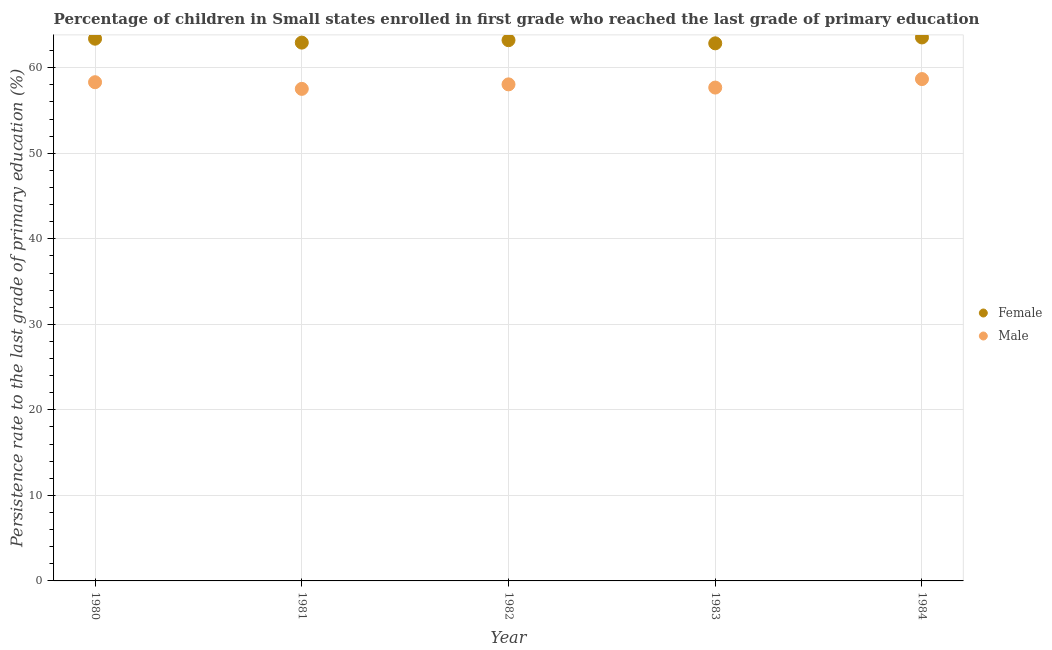
| Year | Female | Male |
 | --- | --- | --- |
 | 1980 | 63.4 | 58.3 |
 | 1981 | 62.9 | 57.5 |
 | 1982 | 63.2 | 58.1 |
 | 1983 | 62.9 | 57.7 |
 | 1984 | 63.5 | 58.7 |